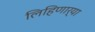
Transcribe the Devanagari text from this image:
लिहिणार्या